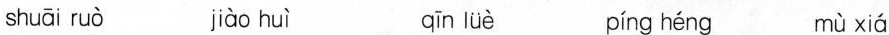
shuāi ruò jiào huì qīn lüè píng héng mù xiá